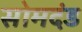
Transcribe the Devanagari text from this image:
सोमदंड